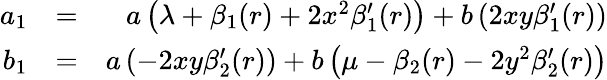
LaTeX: \begin{array}{rlr}{a_{1}}&{=}&{a\left(\lambda+\beta_{1}(r)+2x^{2}\beta_{1}^{\prime}(r)\right)+b\left(2xy\beta_{1}^{\prime}(r)\right)}\\ {b_{1}}&{=}&{a\left(-2xy\beta_{2}^{\prime}(r)\right)+b\left(\mu-\beta_{2}(r)-2y^{2}\beta_{2}^{\prime}(r)\right)}\end{array}